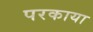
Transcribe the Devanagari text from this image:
परकाया